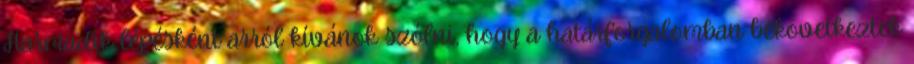
Harmadik lépésként arról kívánok szólni, hogy a határforgalomban bekövetkeztek